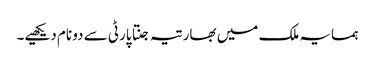
ہمسایہ ملک میں بھارتیہ جنتا پارٹی سے دو نام دیکھیے۔